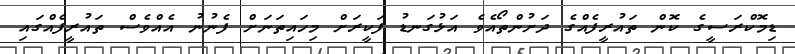
ޑިމޮކްރަސީގެ ކޮން ތައުރީފެއްގެ ދަށުންތޯއެވެ އަޅުގަނޑު ފަކީރަށް މިހައިތަނަށް ފެނުނު އެއްވެސް ތައުރީފެއްގައި